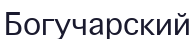
Богучарский